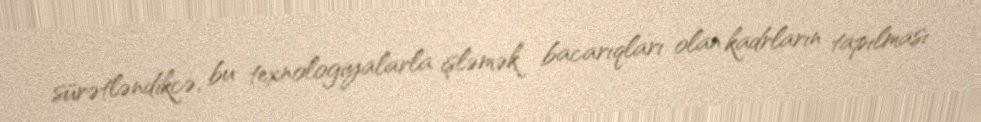
sürətləndikcə, bu texnologiyalarla işləmək bacarıqları olan kadrların tapılması